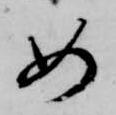
如